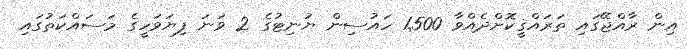
އިން ރާއްޖޭގައި ތަރައްޤީކޮށްދެއްވާ 1